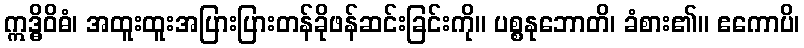
ဣဒ္ဓိဝိဓံ၊ အထူးထူးအပြားပြားတန်ခိုဖန်ဆင်းခြင်းကို။ ပစ္စနုဘောတိ၊ ခံစား၏။ ဧကောပိ၊